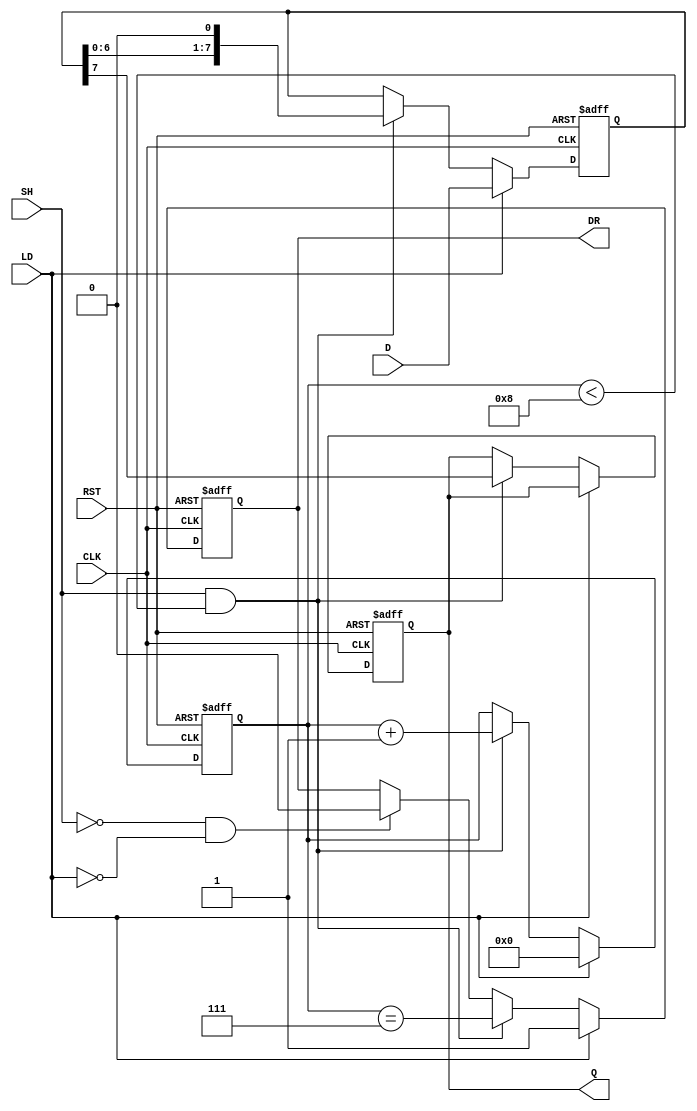
module PISO_Register(
    input wire [7:0] D,        // Parallel Data Input
    input wire LD,             // Load Signal
    input wire SH,             // Shift Signal
    input wire CLK,            // Clock Signal
    input wire RST,            // Reset Signal
    output reg Q,              // Serial Output
    output reg DR              // Data Ready Signal
);
    
    reg [7:0] shift_reg;       // Shift register to hold the data
    reg [3:0] shift_count;     // Counter to track the number of shifts

    // Asynchronous reset
    always @(posedge CLK or posedge RST) begin
        if (RST) begin
            shift_reg <= 8'b00000000; // Clear shift register
            Q <= 1'b0;               // Clear output
            DR <= 1'b0;              // Clear Data Ready signal
            shift_count <= 4'b0;     // Reset shift counter
        end 
        else if (LD) begin
            shift_reg <= D;          // Load parallel data into the register
            shift_count <= 4'b0;     // Reset shift count
            DR <= 1'b1;              // Assert Data Ready signal
        end 
        else if (SH && (shift_count < 8)) begin
            Q <= shift_reg[7];       // Output the MSB of the shift register
            shift_reg <= {shift_reg[6:0], 1'b0}; // Shift left
            shift_count <= shift_count + 1; // Increment shift count
            DR <= (shift_count == 7); // Data ready signal when last bit is shifted
        end 
        else if (!SH && !LD) begin
            DR <= 1'b0;              // De-assert Data Ready signal when neither is active
        end
    end

endmodule